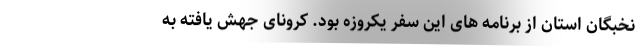
نخبگان استان از برنامه های این سفر یکروزه بود. کرونای جهش يافته به